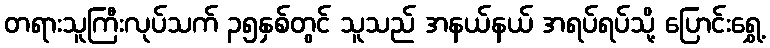
တရားသူကြီးလုပ်သက် ၃၅နှစ်တွင် သူသည် အနယ်နယ် အရပ်ရပ်သို့ ပြောင်းရွှေ့